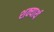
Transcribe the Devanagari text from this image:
शक्यार्थ